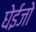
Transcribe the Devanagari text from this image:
घेईजो